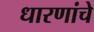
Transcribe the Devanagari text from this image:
धारणांचे